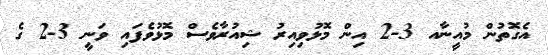
އެގޮތުން މުއީނާއ 3-2 އިން މޮޅުވިއިރު ޝިއުރާވެސް މޮޅުވެފައި ވަނީ 3-2 ގެ